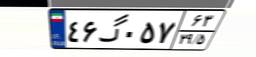
۴۶گ۰۵۷۶۳